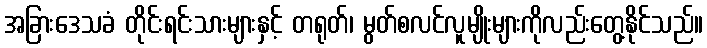
အခြားဒေသခံ တိုင်းရင်းသားများနှင့် တရုတ်၊ မွတ်စလင်လူမျိုးများကိုလည်းတွေ့နိုင်သည်။